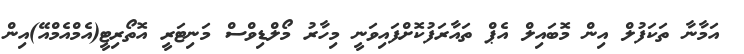
އަމާނާ ތަކަފުލް އިން މޮބައިލް އެޕް ތައާރަފުކޮށްފައިވަނީ މިހާރު މޯލްޑިވްސް މަނިޓަރީ އޮތޯރިޓީ(އެމްއެމްއޭ)އިން